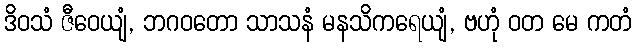
ဒိဝသံ ဇီဝေယျံ, ဘဂဝတော သာသနံ မနသိကရေယျံ, ဗဟုံ ဝတ မေ ကတံ